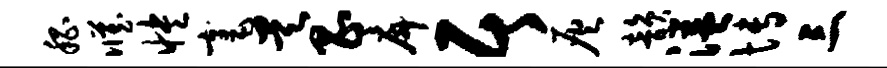
嵇臧怏毫昊昌戽居灰韵溢博三